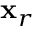
{ \bf x } _ { r }